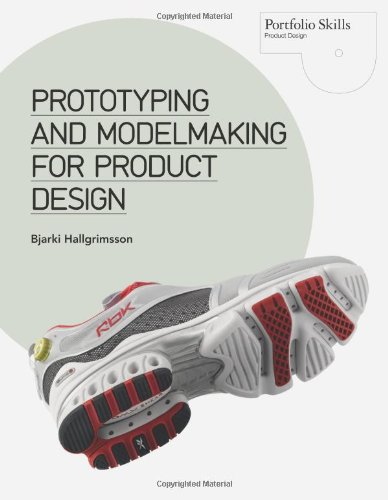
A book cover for Prototyping and Modelmaking for Product Design (Portfolio Skills); Bjarki Hallgrimsson; Arts & Photography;